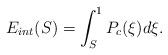
LaTeX: \begin{align*}E_{int}(S) &= \int_{S}^1 P_c(\xi)d\xi.\end{align*}